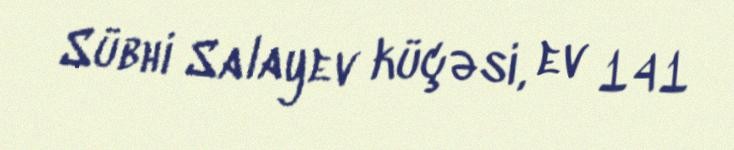
Sübhi Salayev küçəsi, ev 141